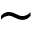
\sim